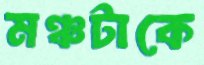
মঞ্চটাকে